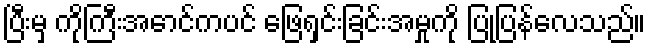
ပြီးမှ ကိုကြီးအောင်ကပင် ဖြေရှင်းခြင်းအမှုကို ပြုပြန်လေသည်။